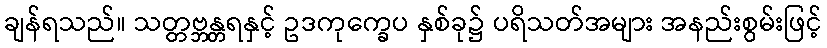
ချန်ရသည်။ သတ္တဗ္ဘန္တရနှင့် ဥဒကုက္ခေပ နှစ်ခု၌ ပရိသတ်အများ အနည်းစွမ်းဖြင့်